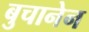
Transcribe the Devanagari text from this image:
बुचानेन